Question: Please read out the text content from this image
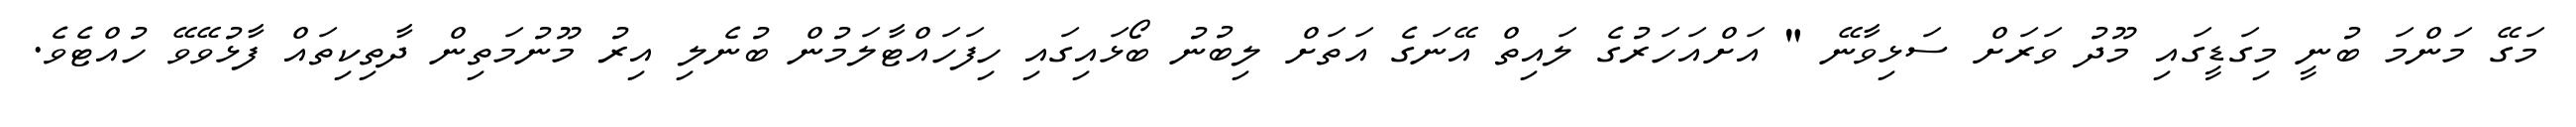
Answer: މަގޭ މަންމަ ބުނީ މިގަޑީގައި މޫދު ވަރަށް ސަޅިވާނޭ " އަށްއަހަރުގެ ލައިތް އޭނަގެ އަތަށް ލިބުނު ބޯޅައިގައި ހިފަހައްޓާލަމުން ބުނެލި އިރު މޫނުމަތިން ދާތިކިތައް ފާޅުވޭވޭ ހުއްޓެވެ.